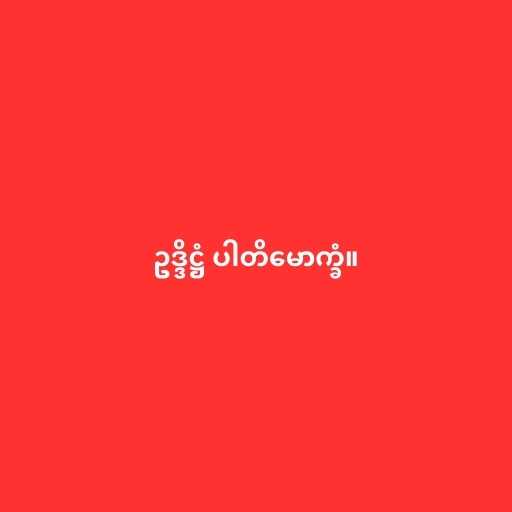
ဥဒ္ဒိဋ္ဌံ ပါတိမောက္ခံ။